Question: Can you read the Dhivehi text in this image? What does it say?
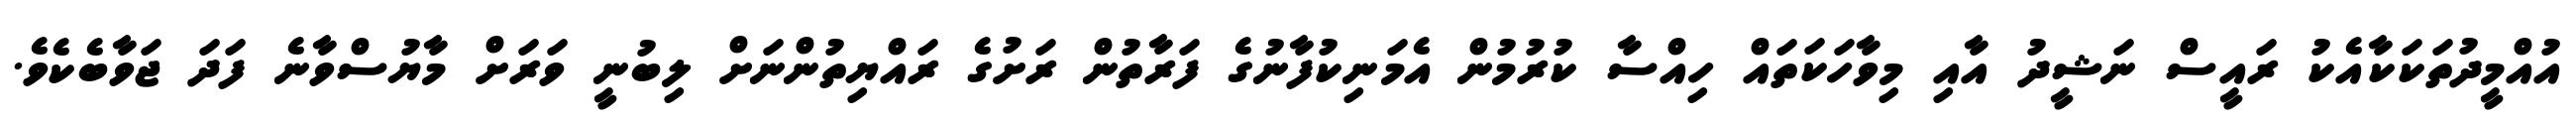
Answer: އުއްމީދުތަކަކާއެކު ރައީސް ނަޝީދު އާއި މިވާހަކަތައް ހިއްސާ ކުރުމުން އެމަނިކުފާނުގެ ފަރާތުން ރަށުގެ ރައްޔިތުންނަށް ލިބުނީ ވަރަށް މާޔުސްވާނެ ފަދަ ޖަވާބެކެވެ.